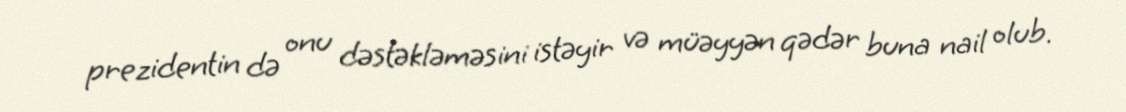
prezidentin də onu dəstəkləməsini istəyir və müəyyən qədər buna nail olub.